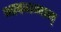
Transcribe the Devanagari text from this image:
भावगम्यम्